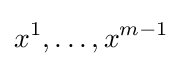
x^{1},\dots ,x^{m-1}